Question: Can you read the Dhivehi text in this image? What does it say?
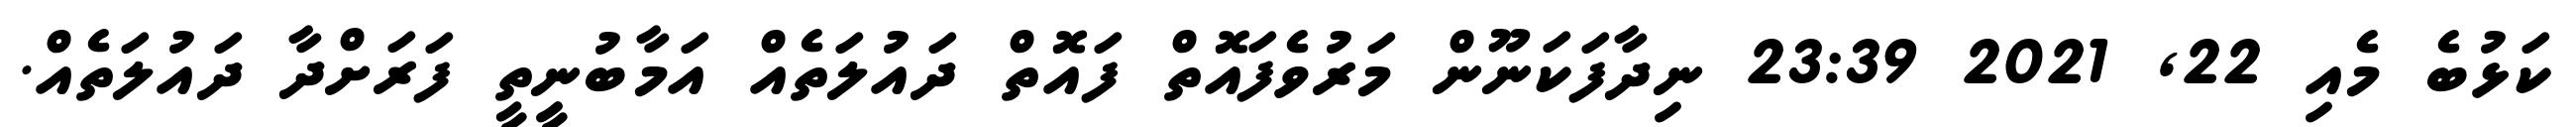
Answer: ކަޅުބެ މެއި 22, 2021 23:39 ނިދާފަކަނޫން މަރުވެފައޮތް ފައޮތް ދައުލަތެއް އަމާބުނީިތީ ފަރަށްދާ ދައުލަތެއް.